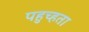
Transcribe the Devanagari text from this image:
पहुच्हता